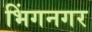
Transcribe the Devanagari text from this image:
भिंगनगर